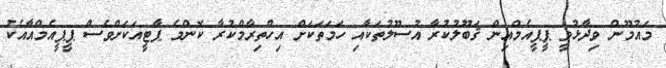
މައުމޫން ވިދާޅުވީ ޕީޕީއެމްއިން ޤަބޫލުކުރާ އުސޫލުތަކާއި ހަމަތަކަށް އިހްތިރާމްކުރާ ކޮންމެ ޕާޓީއަކަށްވެސް ޕީޕީއެމްއާއެކު